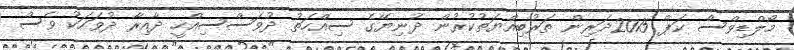
މޯލްޑިވްސް ކަޕް 2015ދަރިން ތަރުބިއްޔަތުކުރުން ދުނިޔޭގެ ސިއްހަތު ދުވަސްސިއްހީ ދާއިރާ ދުވަހަކު ވެސް